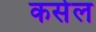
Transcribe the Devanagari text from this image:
कसेल